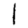
Digit: 1